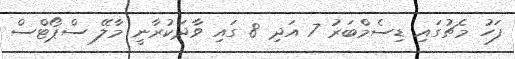
ފަހު މެޗުގައި ޑިސެމްބަރު 7 އަދި 8 ގައި ވާދަކުރާނީ މާލޭ ސްޕޯޓްސް